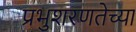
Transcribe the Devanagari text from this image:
प्रभुशरणतेच्या